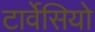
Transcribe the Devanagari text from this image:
टार्वेसियो